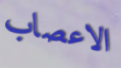
الاعصاب